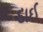
દાઈ